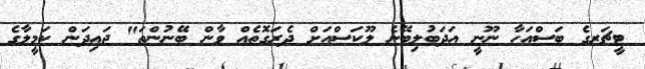
ޓީޗަރގެ ބަސްއަހާ ނޫނީ އަދަބުލިބޭނެ ލޫކަސްއަށް ދެރަގޮތެއް ވާން ބޭނުންތަ" ޖައިދަން ކަމީލާގެ